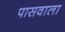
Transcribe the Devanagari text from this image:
पासवाला